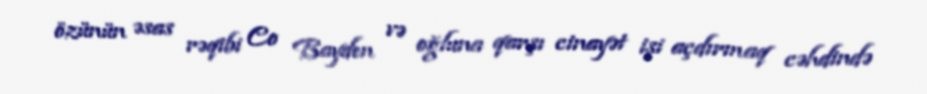
özünün əsas rəqibi Co Bayden və oğluna qarşı cinayət işi açdırmaq cəhdində